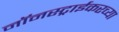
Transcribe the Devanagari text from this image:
नॉनस्ट्राईकरच्या